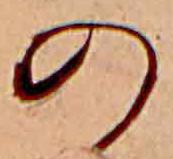
の